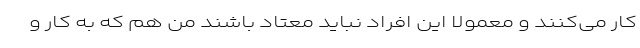
کار می‌کنند و معمولا این افراد نباید معتاد باشند من هم که به کار و